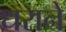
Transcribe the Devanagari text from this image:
धराने